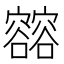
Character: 𰍢